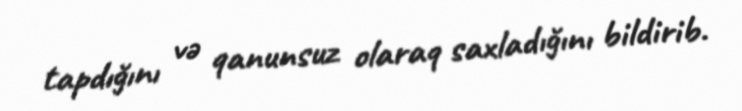
tapdığını və qanunsuz olaraq saxladığını bildirib.